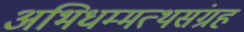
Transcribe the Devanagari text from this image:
अभिधम्मत्थसंग्रह